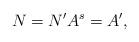
LaTeX: \begin{align*}N = N' A^s = A', \end{align*}